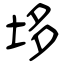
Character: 垑